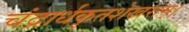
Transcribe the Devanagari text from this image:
चंद्रार्धकृतशेखराम्‌।